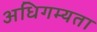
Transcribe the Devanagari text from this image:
अधिगम्यता